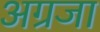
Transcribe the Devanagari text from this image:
अग्रजा